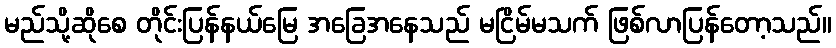
မည်သို့ဆိုစေ တိုင်းပြန်နယ်မြေ အခြေအနေသည် မငြိမ်မသက် ဖြစ်လာပြန်တော့သည်။